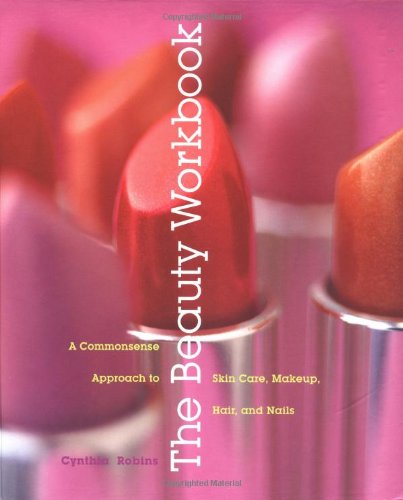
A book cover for The Beauty Workbook: A Commonsense Approach to Skin Care, Makeup, Hair, and Nails; Cynthia Robins; Health, Fitness & Dieting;